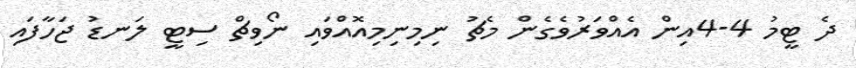
ދެ ޓީމު 4-4އިން އެއްވަރުވެގެން މެޗު ނިމިނިމިއޮއްވައި ނޯވިޗް ސިޓީ ލަނޑު ޖަހާފައި